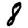
Digit: 8